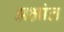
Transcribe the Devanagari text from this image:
अभ्रांत